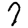
Digit: 7